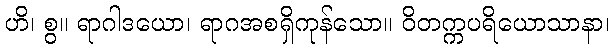
ဟိ၊ စွ။ ရာဂါဒယော၊ ရာဂအစရှိကုန်သော။ ဝိတက္ကပရိယောသာနာ၊